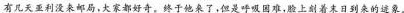
有几天亚利没来邮局，大家都好奇，终于他来了，但是呼吸因难，脸上刻着末日到来的速象。